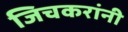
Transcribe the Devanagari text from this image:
जिचकरांनी